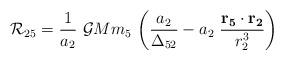
LaTeX: \begin{align*} \mathcal{R}_{25}=\frac{1}{a_2}\ \mathcal{G}Mm_5\ \bigg(\frac{a_2}{\Delta_{52}}-a_2\ \frac{\mathbf{r_5}\cdot\mathbf{r_2}}{r_2^3}\bigg) \end{align*}